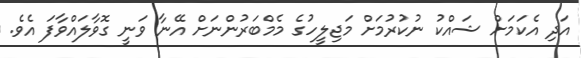
އަދި އެކަމަށް ޝައްކު ނުކުރުމަށް މަޖިލީހުގެ މެމްބަރުންނަށް އޭނާ ވަނީ ގޮވާލައްވާފަ އެވެ.